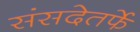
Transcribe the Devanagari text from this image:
संसदेतर्फे